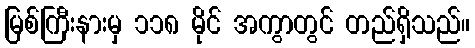
မြစ်ကြီးနားမှ ၁၁၈ မိုင် အကွာတွင် တည်ရှိသည်။